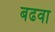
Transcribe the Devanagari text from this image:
बढवा